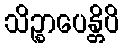
သိဉ္စာပေန္တိပိ